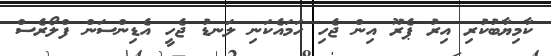
ކާމިޔާބުކުރި އިރު ޕެރޫ އިން ޖެހި ހަމައެކަނި ލަނޑު ޖެހީ އެޑިންސަން ފްލޯރެސް